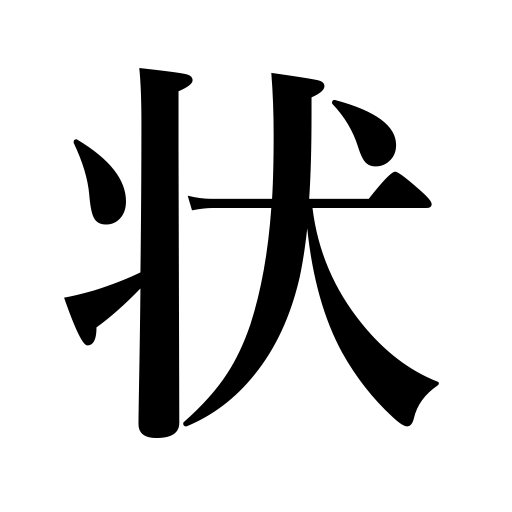
Meanings: form,letter,appearances,condition,circumstances